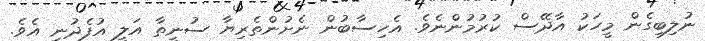
ނުލިބިގެން މީހަކު އާދޭސް ކުރުމުންނެވެ. އެހިސާބުން ނެށުންތެރިޔާ ސުނީތާ އަލީ އުފެދުނީ އެވެ.